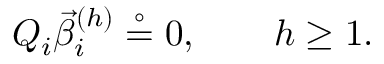
Q _ { i } \vec { \beta } _ { i } ^ { ( h ) } \stackrel { \circ } { = } { 0 } , \quad \quad h \geq 1 .